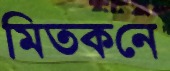
মিতকনে